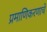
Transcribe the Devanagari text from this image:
प्रमाणिकरणाचे